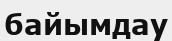
байымдау